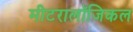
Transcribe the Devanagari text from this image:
मीटरालॉजिकल